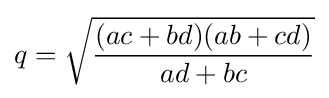
q={\sqrt {\frac {(ac+bd)(ab+cd)}{ad+bc}}}